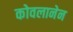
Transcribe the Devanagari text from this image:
कोवलानेन